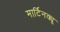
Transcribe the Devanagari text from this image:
मार्टिनक्यू